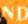
ND